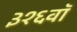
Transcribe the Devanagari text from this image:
३१६वॉ